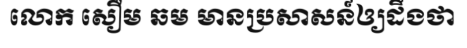
លោក សឿម ឆម មានប្រសាសន៍ឲ្យដឹងថា